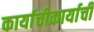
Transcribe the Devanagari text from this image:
कार्याचीकार्याची